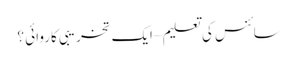
سائنس کی تعلیم – ایک تخریبی کاروائی ؟